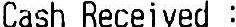
CASH RECEIVED :